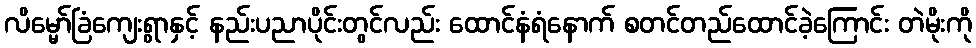
လိမ္မော်ခြံကျေးရွာနှင့် နည်းပညာပိုင်းတွင်လည်း ထောင်နံရံနောက် စတင်တည်ထောင်ခဲ့ကြောင်း တဲမိုးကို